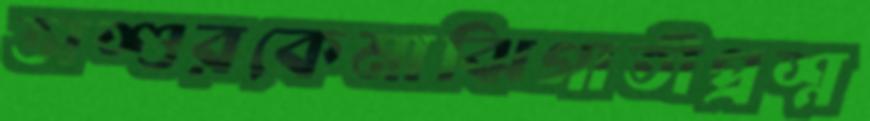
ভাশুরকেমাঝিগাতীপ্রশ্ন